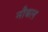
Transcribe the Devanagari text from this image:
नौबल